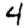
Digit: 4